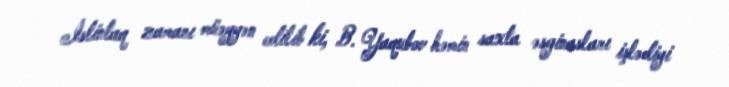
İstintaq zamanı müəyyən edilib ki, B. Yaqubov həmin saxta əsginasları işlədiyi